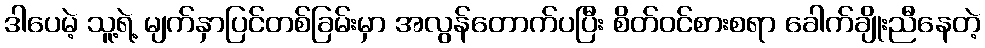
ဒါပေမဲ့ သူ့ရဲ့ မျက်နှာပြင်တစ်ခြမ်းမှာ အလွန်တောက်ပပြီး စိတ်ဝင်စားစရာ ခေါက်ချိုးညီနေတဲ့